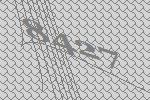
8427